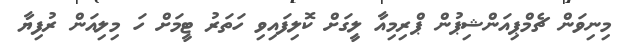
މިނިވަން ޗެމްޕިއަންޝިޕުން ޕްރިމިއާ ލީގަށް ކޮލިފައިވި ހަތަރު ޓީމަށް ހަ މިލިއަން ރުފިޔާ